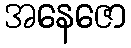
အနေဇော